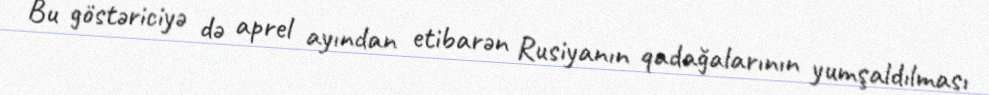
Bu göstəriciyə də aprel ayından etibarən Rusiyanın qadağalarının yumşaldılması